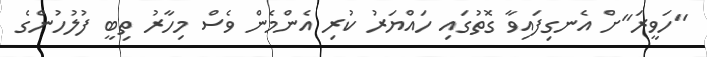
"ހަވީރަ"ށް އެނގިފައިވާ ގޮތުގައި ހައްޔަރު ކުރި އެންމެން ވެސް މިހާރު ތިބީ ފުލުހުންގެ